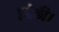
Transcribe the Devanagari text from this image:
झोकी।